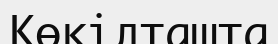
Көкілташта